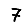
Digit: 7